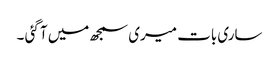
ساری بات میری سمجھ میں آ گئی ۔